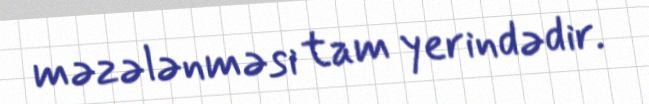
məzələnməsi tam yerindədir.